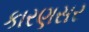
કારણસર